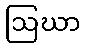
ဩဃာ